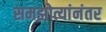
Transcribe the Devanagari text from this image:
समझोत्यांनंतर